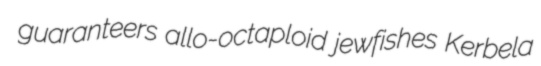
guaranteers allo-octaploid jewfishes Kerbela